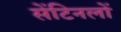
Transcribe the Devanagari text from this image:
सेंटिनलों